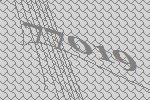
77019